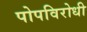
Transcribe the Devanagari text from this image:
पोपविरोधी